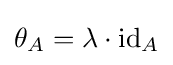
\theta _{A}=\lambda \cdot {{\text{id}}_{A}}